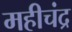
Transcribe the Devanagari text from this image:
महीचंद्र